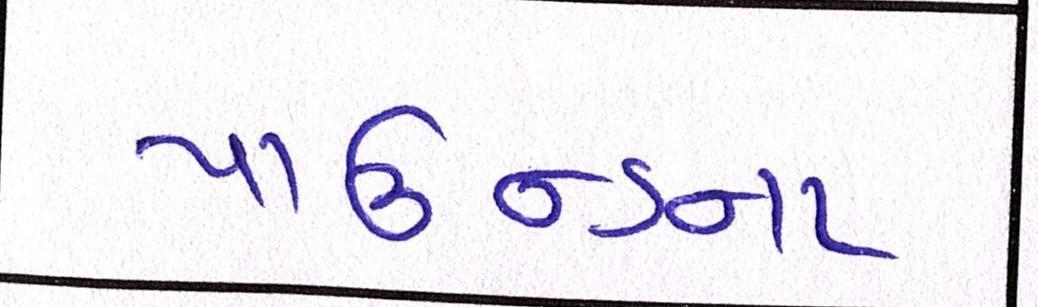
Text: પાઉન્ડના